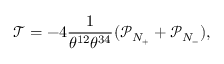
\mathcal { T } = - 4 \frac { 1 } { \theta ^ { 1 2 } \theta ^ { 3 4 } } ( \mathcal { P } _ { N _ { + } } + \mathcal { P } _ { N _ { - } } ) ,